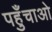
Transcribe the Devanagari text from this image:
पहुँचाओ